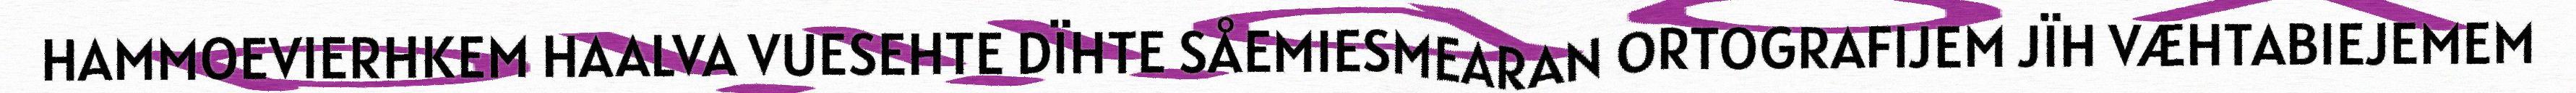
HAMMOEVIERHKEM HAALVA VUESEHTE DÏHTE SÅEMIESMEARAN ORTOGRAFIJEM JÏH VÆHTABIEJEMEM